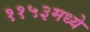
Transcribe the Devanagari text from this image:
११५३मध्ये